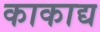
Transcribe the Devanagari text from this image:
काकाद्य